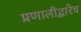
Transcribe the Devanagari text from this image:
प्रणालीद्वारेच